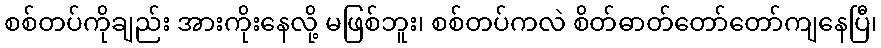
စစ်တပ်ကိုချည်း အားကိုးနေလို့ မဖြစ်ဘူး၊ စစ်တပ်ကလဲ စိတ်ဓာတ်တော်တော်ကျနေပြီ၊